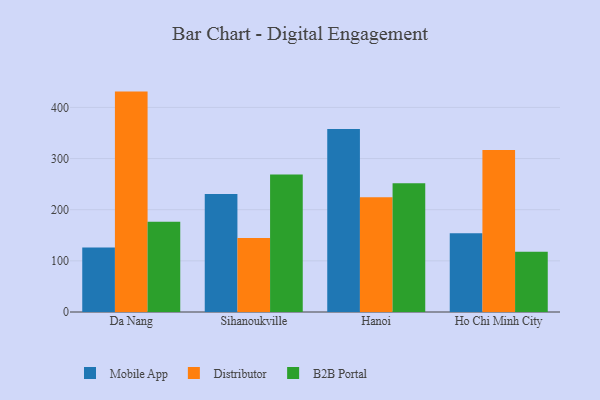
{"axis": {"x": "City", "y": "Production Output"}, "legend": ["B2B Portal", "Distributor", "Mobile App"], "data": [{"x": "Da Nang", "y": 126.2, "type": "Mobile App"}, {"x": "Da Nang", "y": 430.9, "type": "Distributor"}, {"x": "Da Nang", "y": 176.4, "type": "B2B Portal"}, {"x": "Sihanoukville", "y": 230.7, "type": "Mobile App"}, {"x": "Sihanoukville", "y": 144.9, "type": "Distributor"}, {"x": "Sihanoukville", "y": 268.8, "type": "B2B Portal"}, {"x": "Hanoi", "y": 357.6, "type": "Mobile App"}, {"x": "Hanoi", "y": 224.4, "type": "Distributor"}, {"x": "Hanoi", "y": 251.5, "type": "B2B Portal"}, {"x": "Ho Chi Minh City", "y": 154.0, "type": "Mobile App"}, {"x": "Ho Chi Minh City", "y": 316.6, "type": "Distributor"}, {"x": "Ho Chi Minh City", "y": 117.6, "type": "B2B Portal"}]}